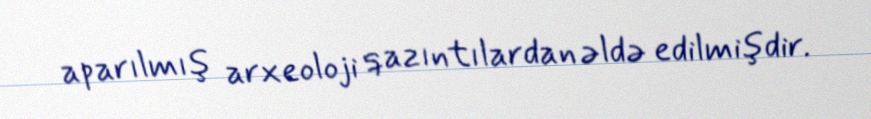
aparılmış arxeoloji qazıntılardan əldə edilmişdir.